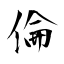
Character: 倫